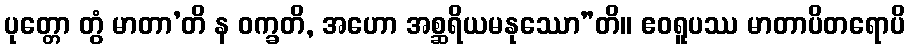
ပုတ္တော တွံ မာတာ’တိ န ဝက္ခတိ, အဟော အစ္ဆရိယမနုဿော”တိ။ ဧဝရူပဿ မာတာပိတရောပိ